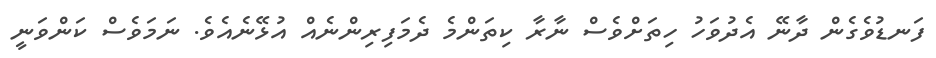
ފަނޑުވެގެން ދާނޭ އެދުވަހު ހިތަށްވެސް ނާރާ ކިތަންމެ ދެމަފިރިންނެއް އުޅޭނެއެވެ. ނަމަވެސް ކަންވަނީ